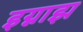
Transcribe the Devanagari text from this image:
इग्नाझ